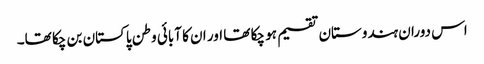
اس دوران ہندوستان تقسیم ہو چکا تھا اور ان کا آبائی وطن پاکستان بن چکا تھا۔